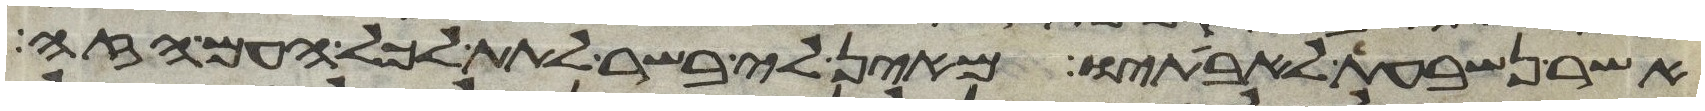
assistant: אשר נשבעת לאבתיו מאין לי בשר לתת לכל העם הזה